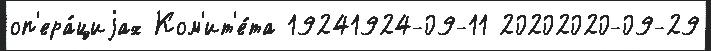
оп'ера́циjах Ком'ит'е́та 19241924-09-11 20202020-09-29